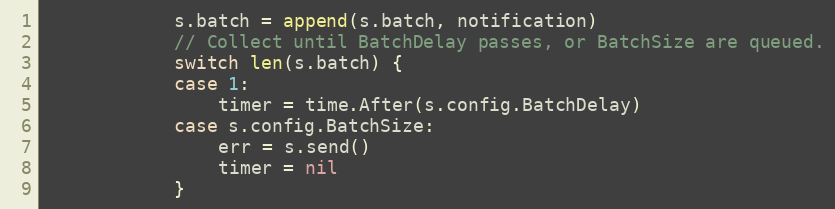
Language: Go
			s.batch = append(s.batch, notification)
			// Collect until BatchDelay passes, or BatchSize are queued.
			switch len(s.batch) {
			case 1:
				timer = time.After(s.config.BatchDelay)
			case s.config.BatchSize:
				err = s.send()
				timer = nil
			}